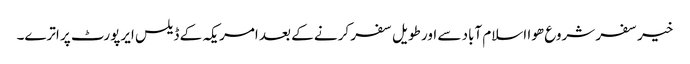
خیر سفر شروع ھوا اسلام آباد سے اور طویل سفر کرنے کے بعد امریکہ کے ڈیلس ایرپورٹ پر اترے۔